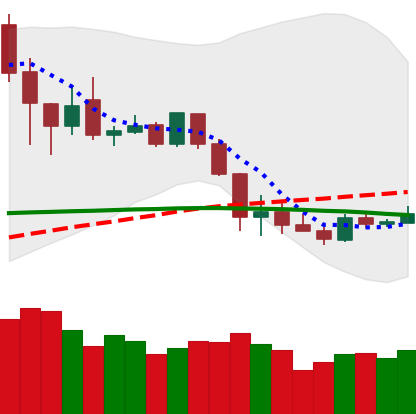
Ticker: XLM-USD
Chart end date: 2020-03-05
Forward return: -13.001%
Label: down_7plus